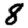
Digit: 8